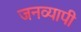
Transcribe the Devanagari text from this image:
जनव्यापी